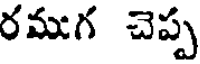
రముగ చెప్ప